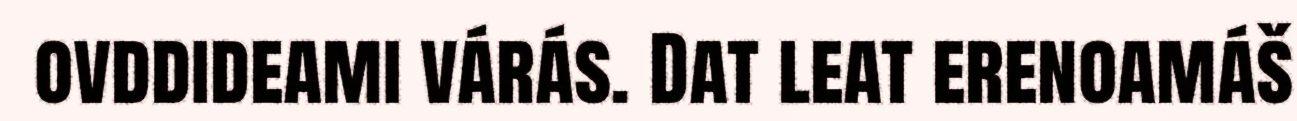
ovddideami várás. Dat leat erenoamáš